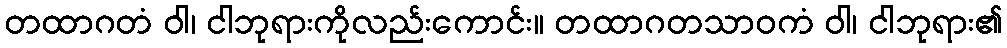
တထာဂတံ ဝါ၊ ငါဘုရားကိုလည်းကောင်း။ တထာဂတသာဝကံ ဝါ၊ ငါဘုရား၏